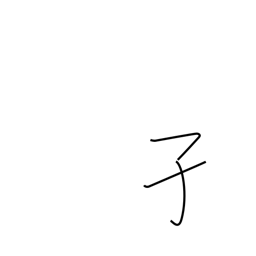
Meaning: mosquito wriggler